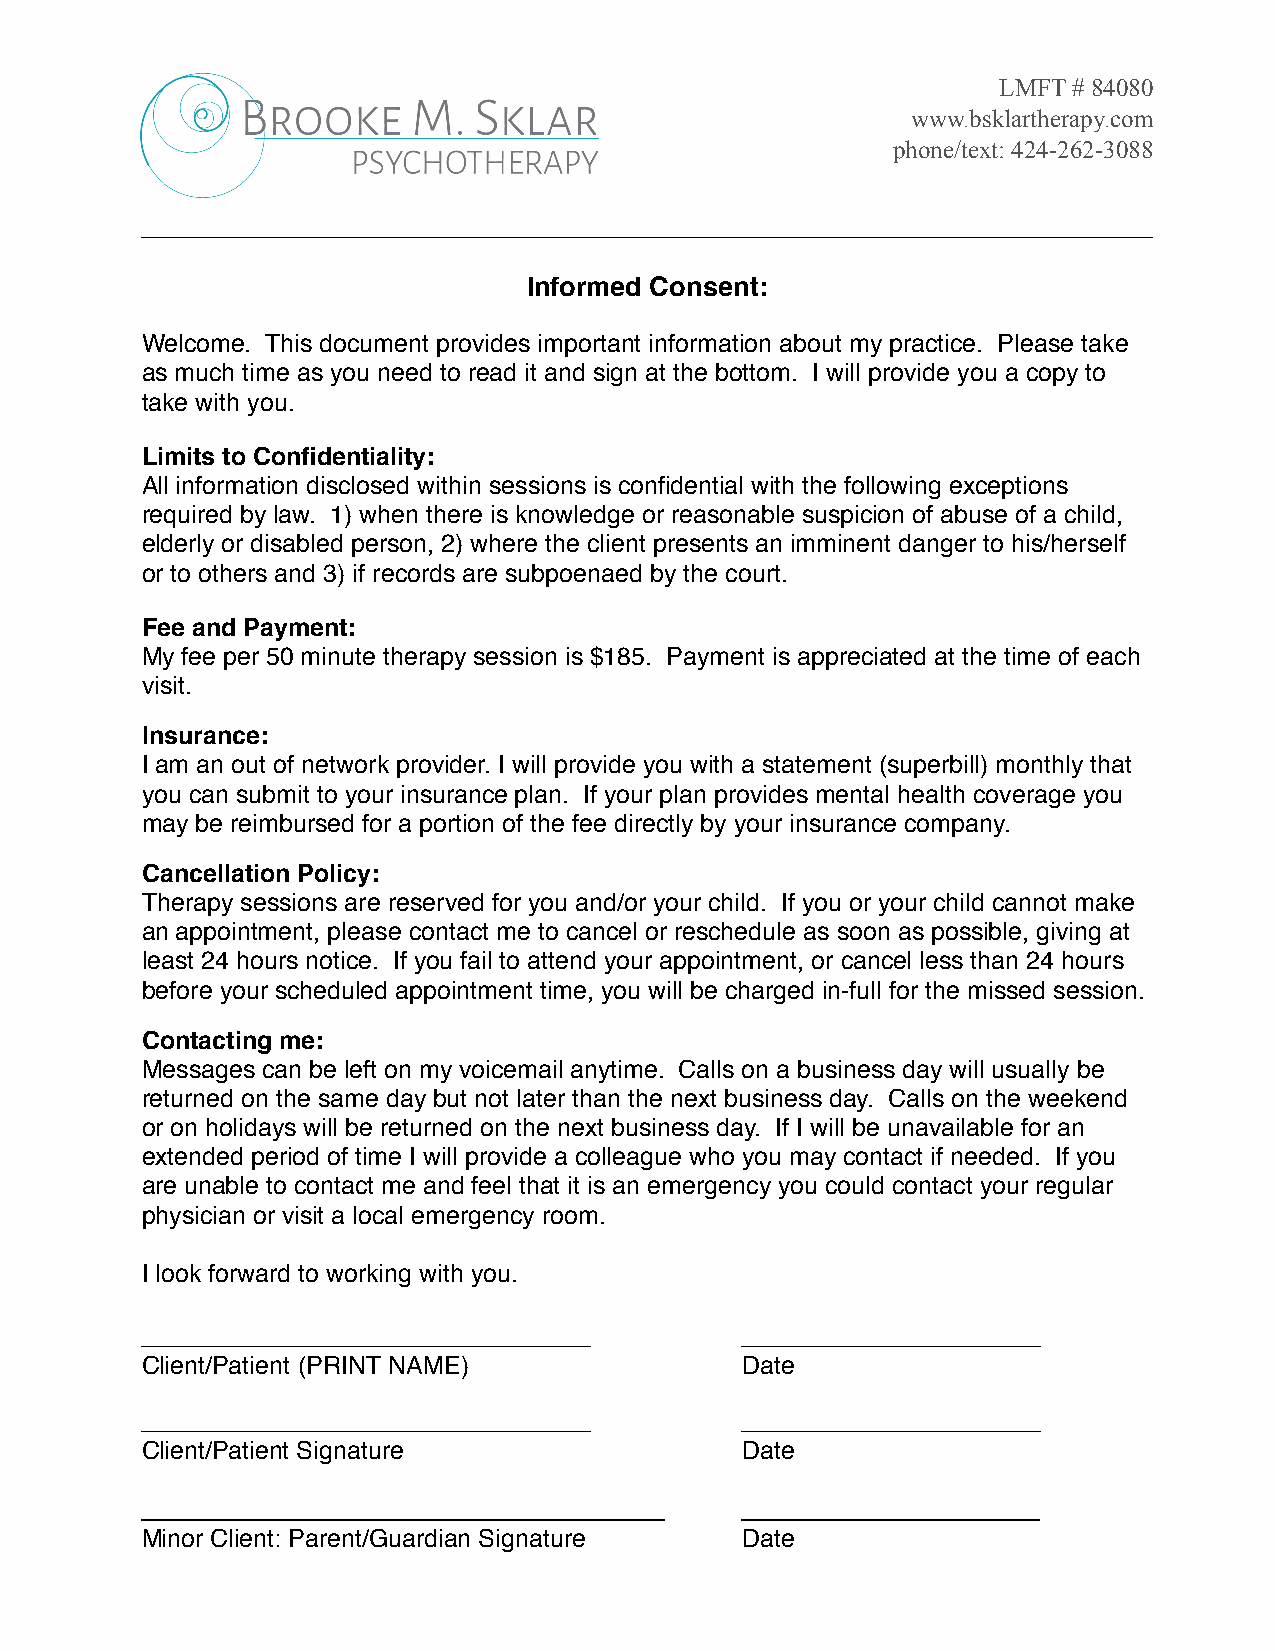
LMFT # 84080
 www.bsklartherapy.com
 phone/text: 424-262-3088
 Informed Consent:
 Welcome. This document provides important information about my practice. Please take
 as much time as you need to read it and sign at the bottom. I will provide you a copy to
 take with you.
 Limits to Confidentiality:
 All information disclosed within sessions is confidential with the following exceptions
 required by law. 1) when there is knowledge or reasonable suspicion of abuse of a child,
 elderly or disabled person, 2) where the client presents an imminent danger to his/herself
 or to others and 3) if records are subpoenaed by the court.
 Fee and Payment:
 My fee per 50 minute therapy session is $185. Payment is appreciated at the time of each
 visit.
 Insurance:
 I am an out of network provider. I will provide you with a statement (superbill) monthly that
 you can submit to your insurance plan. If your plan provides mental health coverage you
 may be reimbursed for a portion of the fee directly by your insurance company.
 Cancellation Policy:
 Therapy sessions are reserved for you and/or your child. If you or your child cannot make
 an appointment, please contact me to cancel or reschedule as soon as possible, giving at
 least 24 hours notice. If you fail to attend your appointment, or cancel less than 24 hours
 before your scheduled appointment time, you will be charged in-full for the missed session.
 Contacting me:
 Messages can be left on my voicemail anytime. Calls on a business day will usually be
 returned on the same day but not later than the next business day. Calls on the weekend
 or on holidays will be returned on the next business day. If I will be unavailable for an
 extended period of time I will provide a colleague who you may contact if needed. If you
 are unable to contact me and feel that it is an emergency you could contact your regular
 physician or visit a local emergency room.
 I look forward to working with you.
 Client/Patient (PRINT NAME)             Date
 Client/Patient Signature                Date
 Minor Client: Parent/Guardian Signature Date